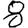
Digit: 8